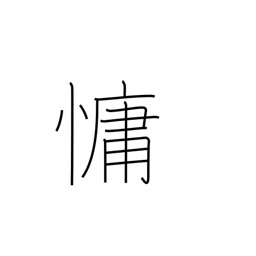
Meaning: languid